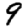
Digit: 9